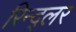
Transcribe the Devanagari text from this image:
रिन्द्लर